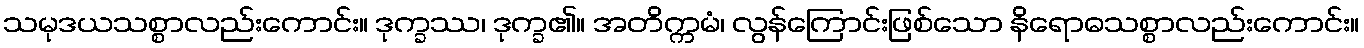
သမုဒယသစ္စာလည်းကောင်း။ ဒုက္ခဿ၊ ဒုက္ခ၏။ အတိက္ကမံ၊ လွန်ကြောင်းဖြစ်သော နိရောဓသစ္စာလည်းကောင်း။